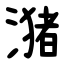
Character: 潴